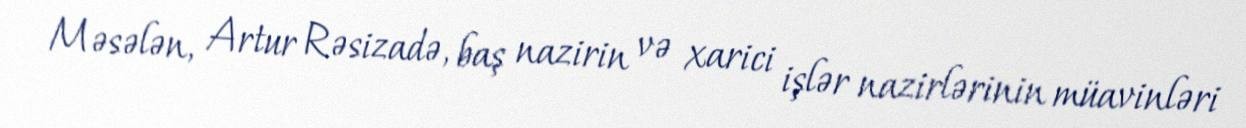
Məsələn, Artur Rəsizadə, baş nazirin və xarici işlər nazirlərinin müavinləri